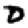
Digit: 0